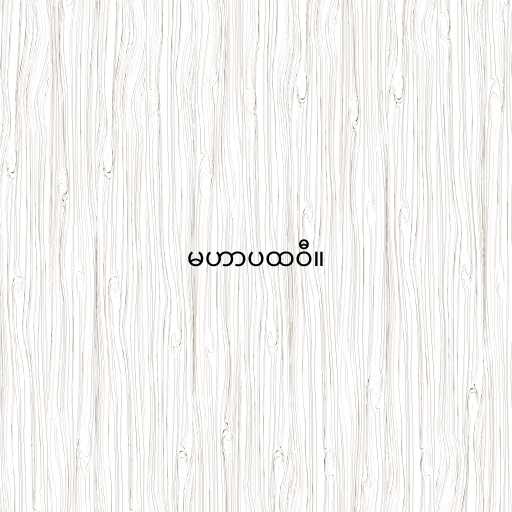
မဟာပထဝီ။